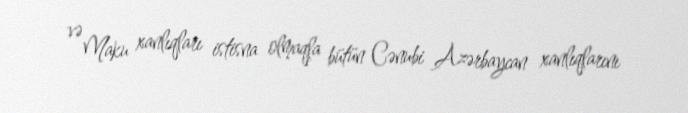
və Maku xanlıqları istisna olmaqla bütün Cənubi Azərbaycan xanlıqlarını